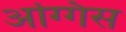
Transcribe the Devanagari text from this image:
अग्गिस